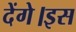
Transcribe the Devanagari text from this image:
देंगे।इस